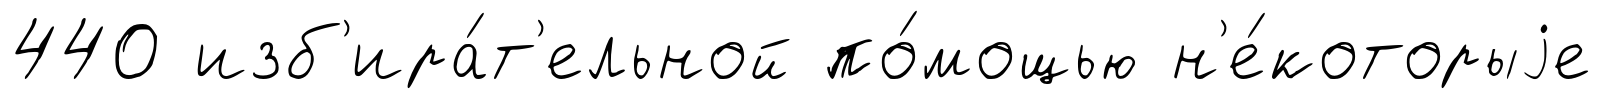
440 изб'ира́т'ельной по́мощью н'е́которыjе